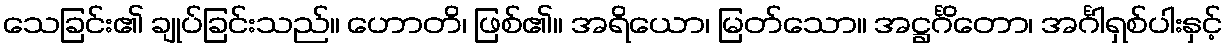
သေခြင်း၏ ချုပ်ခြင်းသည်။ ဟောတိ၊ ဖြစ်၏။ အရိယော၊ မြတ်သော။ အဋ္ဌင်္ဂိတော၊ အင်္ဂါရှစ်ပါးနှင့်